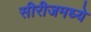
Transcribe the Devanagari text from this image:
सीरीजमध्ये